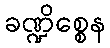
ခဏ္ဍိစ္စေန